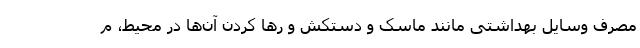
مصرف وسایل بهداشتی مانند ماسک و دستکش و رها کردن آن‌ها در محیط، م